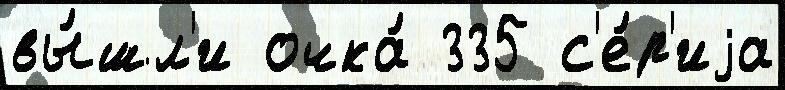
вы́шл'и очка́ 335 с'е́р'иjа